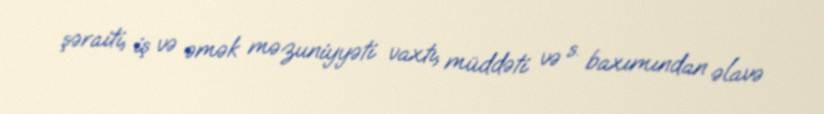
şəraiti, iş və əmək məzuniyyəti vaxtı, müddəti və s. baxımından əlavə